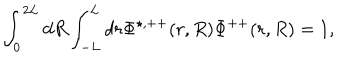
\int _ { 0 } ^ { 2 L } d R \int _ { - L } ^ { L } d r { \Phi } ^ { \star , + + } ( r , R ) { \Phi } ^ { + + } ( r , R ) = 1 ,